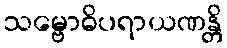
သမ္ဗောဓိပရာယဏန္တိ